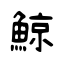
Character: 鯨